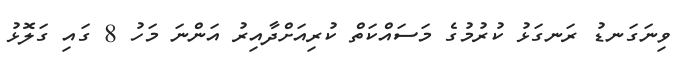
ވިނަގަނޑު ރަނގަޅު ކުރުމުގެ މަސައްކަތް ކުރިއަށްދާއިރު އަންނަ މަހު 8 ގައި ގަލޮޅު